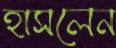
হাসলেন